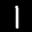
Label: 1